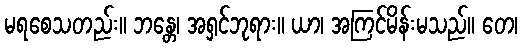
မရစေသတည်း။ ဘန္တေ၊ အရှင်ဘုရား။ ယာ၊ အကြင်မိန်းမသည်။ တေ၊